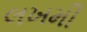
લખમી